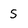
Character: S